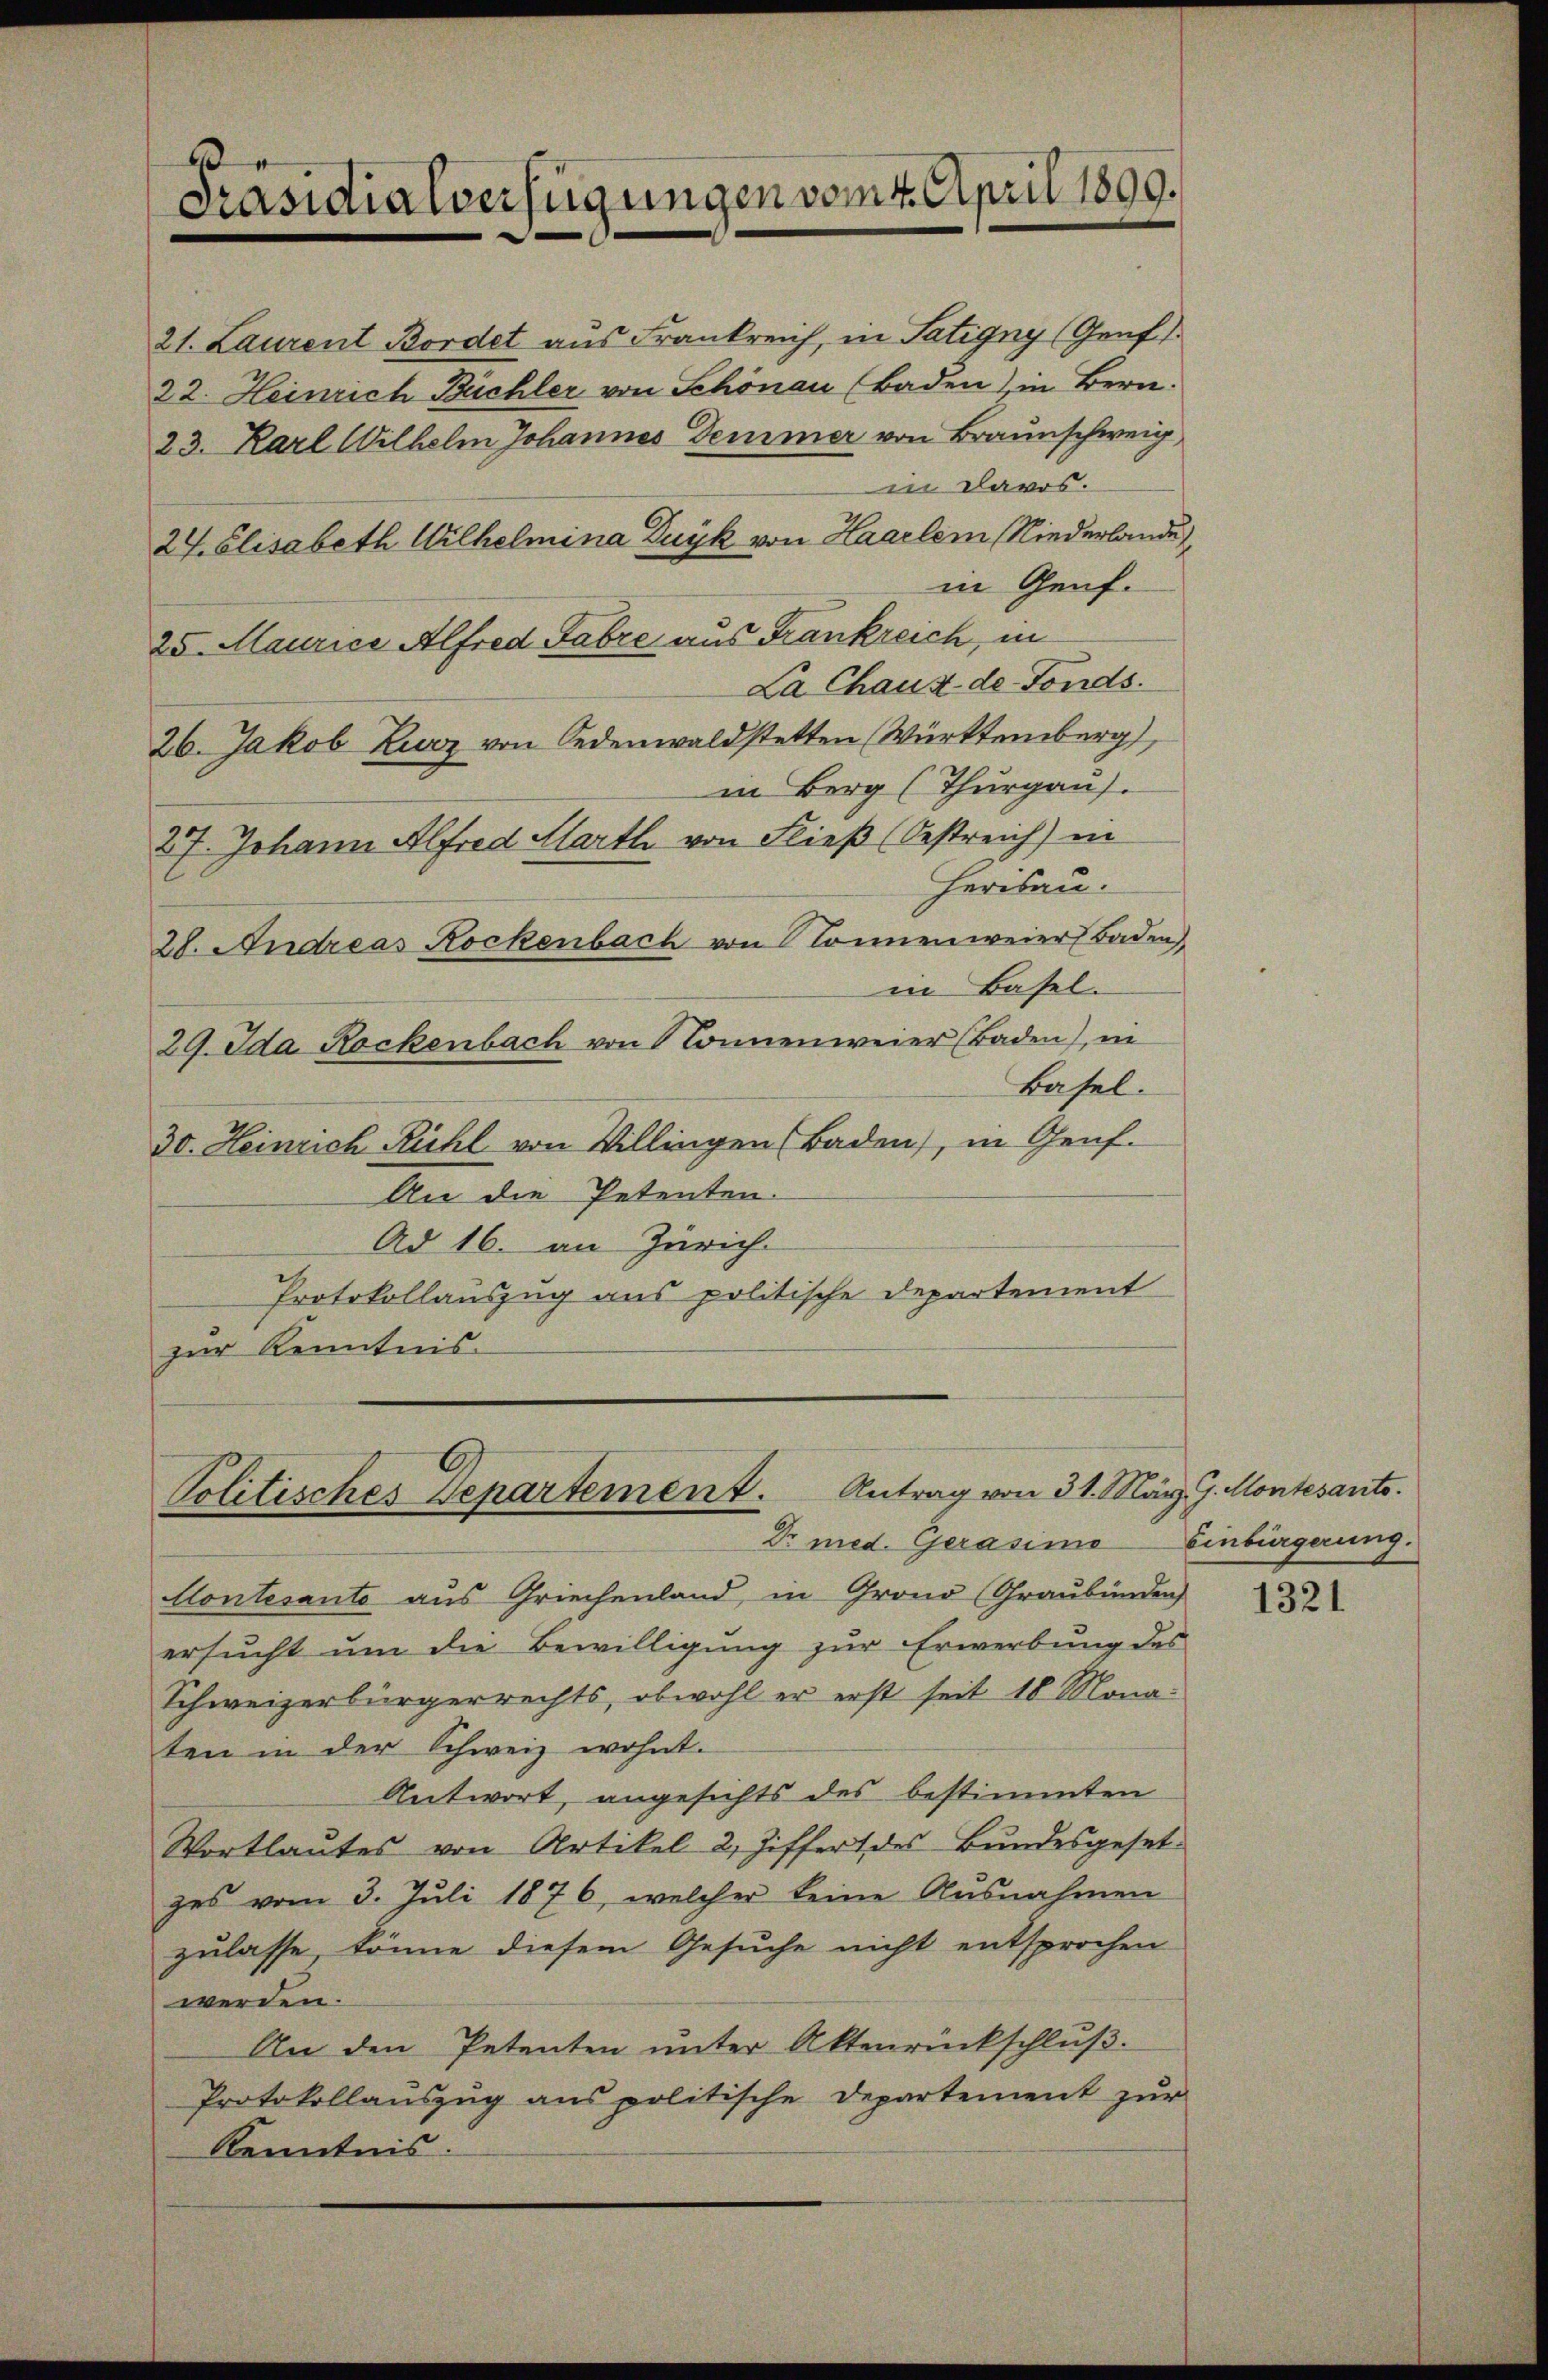
.
Präsidialverfügungen vom 4. April 1899.

Dr med. Gerasino
Contesante aus Griechenland, in Grono (Graubünden
ersucht um die Bewilligung zur Erwerbung des
Schweizerbürgerrechts, obwohl er erst seit 18 Mona-
ten in der Schweiz wohnt.
Antwort, angesichts des bestimmten
Wortlautes von Artikel 2, Ziffert des Bundesgeset
zes vom 3. Juli 1876, welcher keine Ausnahmen
zulasse, könne diesem Gesuche nicht entsprochen
werden.
An den Petenten unter Aktenrückschlŭβ.
Protokollauszug aus politische Departement zur
Kenntnis.

21. Laurent Bordet aus Frankreich, in Satigny (Genf
22. Heinrich Büchler von Schönau (Baden), in Bern.
23. Karl Wilhelm Johannes Demmer von Braunschweig,
in Davos.
27. Elisabeth Wilhelmina Duyk von Haarlem Niederlande
in Genf.
25. Maurice Alfred Fabre aus Frankreich, in
La Chaux de Fonds.
26. Jakob Zurz von Oedenwald stetten (Württemberg,
in Berg (Thurgau).
27. Johann Alfred Marth von Fließ (Oestreich) in
Herisau.
28. Andreas Rockenbach von konnenweier Baden,
in Basel.
29. Ida Rockenbach von Sonnenweier (Baden), in
Basel.
30. Heinrich Rühl von Willingen Baden), in Genf.
An die Petenten.
Ad 16. an Zürich.
Protokollauszug aus politische Departement
zur Kenntnis.

Politisches Departement. Antrag von 31. Mär

i J. Montesants.
Einbürgerung.

1321